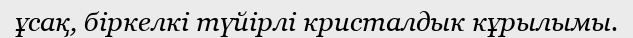
ұсақ, біркелкі түйірлі кристалдык кұрылымы.